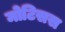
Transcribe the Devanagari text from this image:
मोटिसस